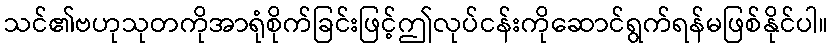
သင်၏ဗဟုသုတကိုအာရုံစိုက်ခြင်းဖြင့်ဤလုပ်ငန်းကိုဆောင်ရွက်ရန်မဖြစ်နိုင်ပါ။